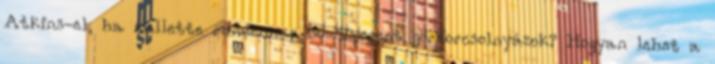
Atkins-el, ha mellette mindennap 30-40percet görkorcsolnyázok? Hogyan lehet a